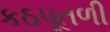
કઠપૂતળી